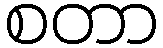
စတာ